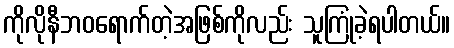
ကိုလိုနီဘဝရောက်တဲ့အဖြစ်ကိုလည်း သူကြုံခဲ့ရပါတယ်။